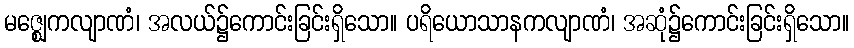
မဇ္ဈေကလျာဏံ၊ အလယ်၌ကောင်းခြင်းရှိသော။ ပရိယောသာနကလျာဏံ၊ အဆုံ၌ကောင်းခြင်းရှိသော။